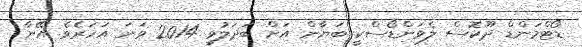
ޑޯޓްމަންޑް ދޫކޮސް ލެވަންޑޯސްކީ ބަޔާން އަށް ބަދަލުވީ 2014 ވަނަ އަހަރެވެ. އޭނާ